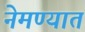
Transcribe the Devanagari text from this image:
नेमण्‍यात